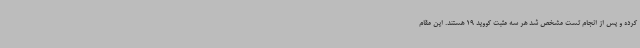
کرده و پس از انجام تست مشخص شد هر سه مثبت کووید 19 هستند. این مقام